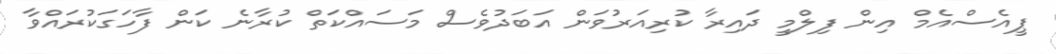
ޕީއެސްއެމް އިން ފިލްމީ ދައިރާ ކުރިއަރުވަން އަބަދުވެސް މަސައްކަތް ކުރާނެ ކަން ފާހަގަކުރައްވާ